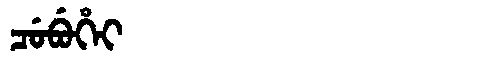
Manchu: ᠴᡠᠪᡠᡥᡝᡳ
Romanization: CUBUHEI